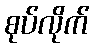
စုပ်လိုက်